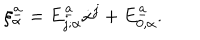
\xi _ { \alpha } ^ { \underline { { { a } } } } = E _ { j ; \alpha } ^ { \underline { { { a } } } } \dot { x } ^ { j } + E _ { 0 , \alpha } ^ { \underline { { { a } } } } .